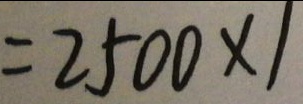
= 2 5 0 0 \times 1